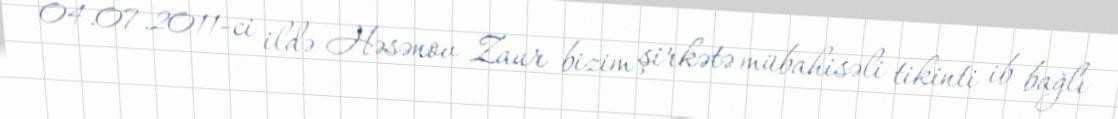
04.07.2011-ci ildə Həsənov Zaur bizim şirkətə mübahisəli tikinti ib bağlı